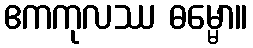
ဧကကုလဿ ဓမ္မော။